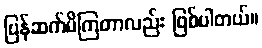
ပြန်ဆက်မိကြတာလည်း ဖြစ်ပါတယ်။